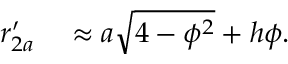
\begin{array} { r l } { r _ { 2 a } ^ { \prime } } & { { } \approx a \sqrt { 4 - \phi ^ { 2 } } + h \phi . } \end{array}